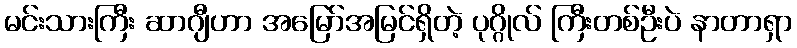
မင်းသားကြီး ဆာဂျီဟာ အမြော်အမြင်ရှိတဲ့ ပုဂ္ဂိုလ် ကြီးတစ်ဦးပဲ နာတာရှာ